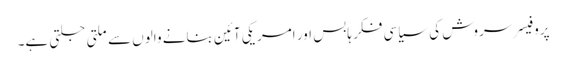
پروفیسر سروش کی سیاسی فکر ہابس اور امریکی آئین بنانے والوں سے ملتی جلتی ہے۔